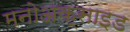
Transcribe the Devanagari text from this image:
मनोअक्‍साइड